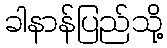
ခါနာန်ပြည်သို့